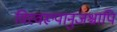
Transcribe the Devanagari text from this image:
विस्वरूपानुजश्चापि